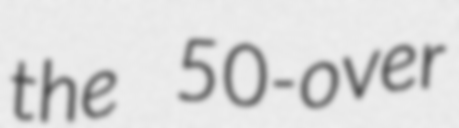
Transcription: the 50-over